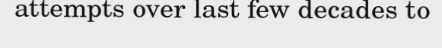
attempts over last few decades to